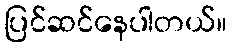
ပြင်ဆင်နေပါတယ်။